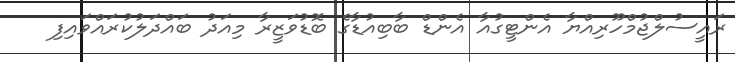
ރައީސުލްޖުމްހޫރިއްޔާ އެންޓީގުއާ އެންޑް ބާބިއުޑާގެ ބޮޑުވަޒީރާ މިއަދު ބައްދަލުކުރައްވައިފި